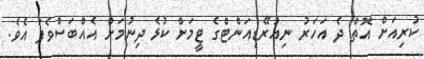
ކުރިއަށް އޮތް ދެ އަހަރު ނިއުރޭޑިއަންޓްގެ ޓީމަށް ކުޅެ ދިނުމަށް އެއްބަސްވެފަ އެވެ.